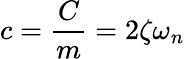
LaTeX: c=\frac{C}{m}=2\zeta\omega_{n}